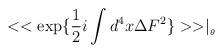
\begin{align*}<<\exp \{\frac{1}{2}i\int d^{4}x\Delta F^{2}\}>>\mid _{_{\theta }}\end{align*}